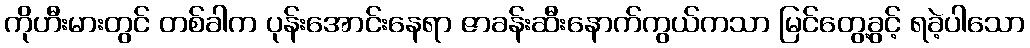
ကိုဟီးမားတွင် တစ်ခါက ပုန်းအောင်းနေရာ ဇာခန်းဆီးနောက်ကွယ်ကသာ မြင်တွေ့ခွင့် ရခဲ့ပါသော